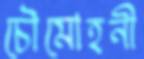
চৌমোহনী